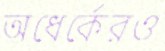
অধের্কেরও